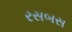
રસબસ